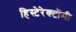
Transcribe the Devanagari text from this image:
हिस्टेरेक्टॉमी